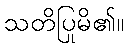
သတိပြုမိ၏။